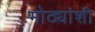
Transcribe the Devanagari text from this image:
मोठ्यांशी